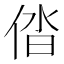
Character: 𠉤